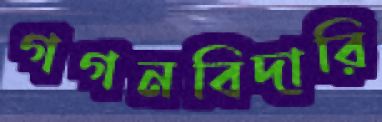
গগনবিদারি